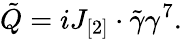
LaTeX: \tilde{Q}=iJ_{[2]}\cdot\tilde{\gamma}\gamma^{7}.